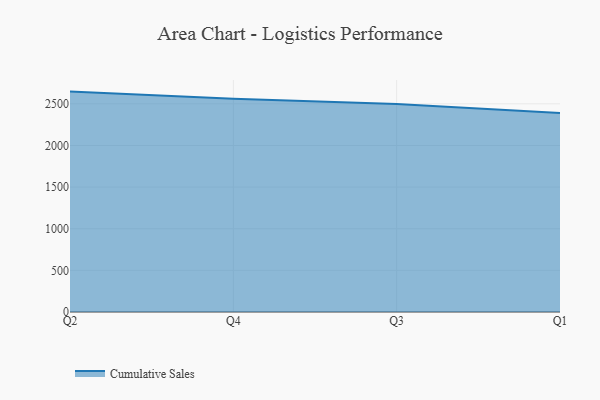
{"axis": {"x": "Quarter", "y": "Humidity (%)"}, "legend": ["Cumulative Sales"], "data": [{"x": "Q2", "y": 2646.8, "type": "Cumulative Sales"}, {"x": "Q4", "y": 2561.8, "type": "Cumulative Sales"}, {"x": "Q3", "y": 2497.8, "type": "Cumulative Sales"}, {"x": "Q1", "y": 2389.9, "type": "Cumulative Sales"}]}